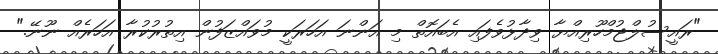
"ރައީސުލްޖުމްހޫރިއްޔާ ވިދާޅުވެފައި އެބައޮތް މި އަންނަ އަހަރަކީ މުވައްޒަފުން އިތުރުކުރާ އަހަރެއް ނޫނޭ."